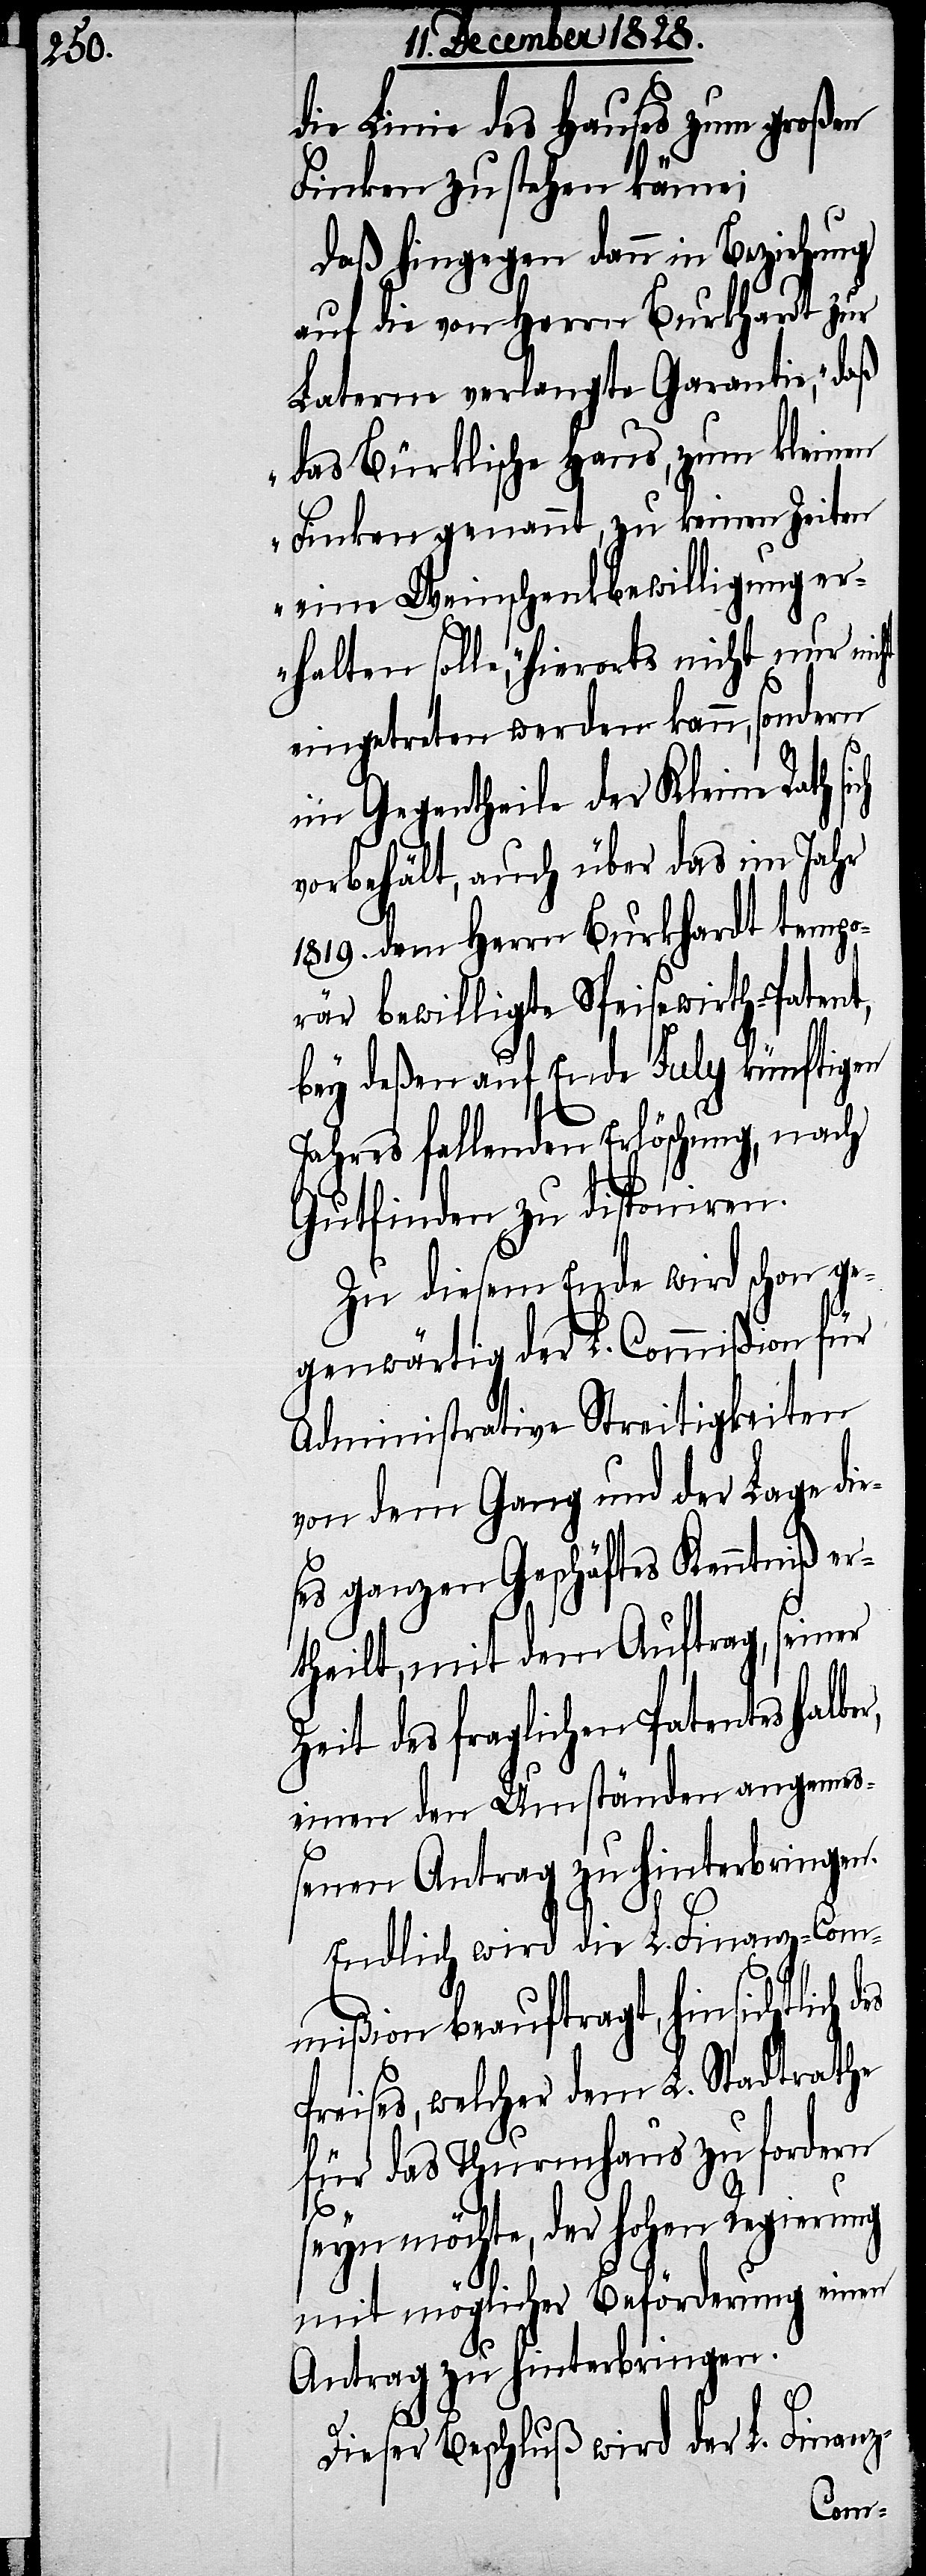
die Linie des Hauses zum großen
Finken zu stehen käme;
Daß hingegen dann in Beziehung
auf die von Herrn Burkhardt zur
Laterne verlangte Garantie, „daß
das Bürklische Haus, zum Kleinen
Finken genannt, zu keinen Zeiten
eine Weinschenkbewilligung er¬
halten solle“, hierorts nicht nur nic¬
eingetreten werden kann, sondern
im Gegentheile der Kleine Rath
vorbehält, auch über das im Jahr
1819. dem Herrn Burkhardt tempo¬
rär bewilligte Speisewirth-Patent,
bey deßen auf Ende July künftigen
Jahres fallenden Erlöschung, nach
Gutfinden zu disponiren.
Zu diesem Ende wird schon ge¬
genwärtig der L. Commißion für
Administrative Streitigkeiten
von dem Gang und der Lage die¬
ses ganzen Geschäftes Kenntniß er¬
theilt, mit dem Auftrag, seiner
Zeit des fraglichen Patentes halbe¬
einen den Umständen angemeß¬
enen Antrag zu hinterbringen.
Endlich wird die L. Finanz-Com¬
mißion beauftragt, hinsichtlich d¬
Preises, welcher dem L. Stadtrathe
für das Thurmhaus zu fordern
seyn möchte, der hohen Regierung
mit möglicher Beförderung einen
es
Antrag zu hinterbringen.
Dieser Beschluß wird der L. Finanz-